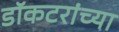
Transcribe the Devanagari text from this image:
डॉकटरांच्या